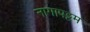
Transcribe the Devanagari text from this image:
नागापट्टम